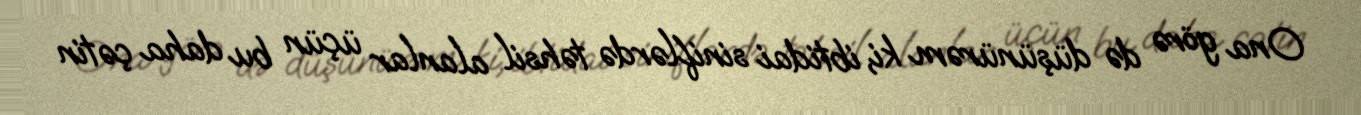
Ona görə də düşünürəm ki, ibtidai siniflərdə təhsil alanlar üçün bu daha çətin